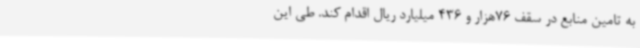
به تامین منابع در سقف 76هزار و 436 میلیارد ریال اقدام کند. طی این